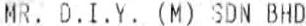
MR. D.I.Y. (M) SDN BHD